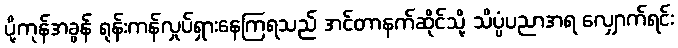
ပို့ကုန်အခွန် ရုန်းကန်လှုပ်ရှားနေကြရသည် အင်တာနက်ဆိုင်သို့ သိပ္ပံပညာအရ လျှောက်ရင်း